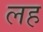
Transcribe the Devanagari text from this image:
लह